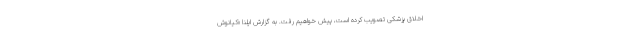
اخلاق پزشکی تصویب کرده است، پیش خواهیم رفت. به گزارش ایلنا «کیانوش